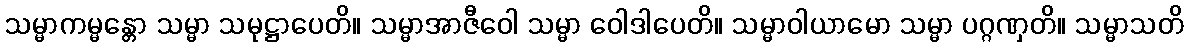
သမ္မာကမ္မန္တော သမ္မာ သမုဋ္ဌာပေတိ။ သမ္မာအာဇီဝေါ သမ္မာ ဝေါဒါပေတိ။ သမ္မာဝါယာမော သမ္မာ ပဂ္ဂဏှတိ။ သမ္မာသတိ